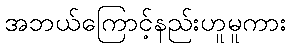
အဘယ်ကြောင့်နည်းဟူမူကား